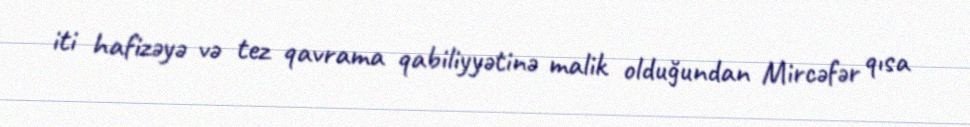
iti hafizəyə və tez qavrama qabiliyyətinə malik olduğundan Mircəfər qısa